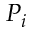
P _ { i }